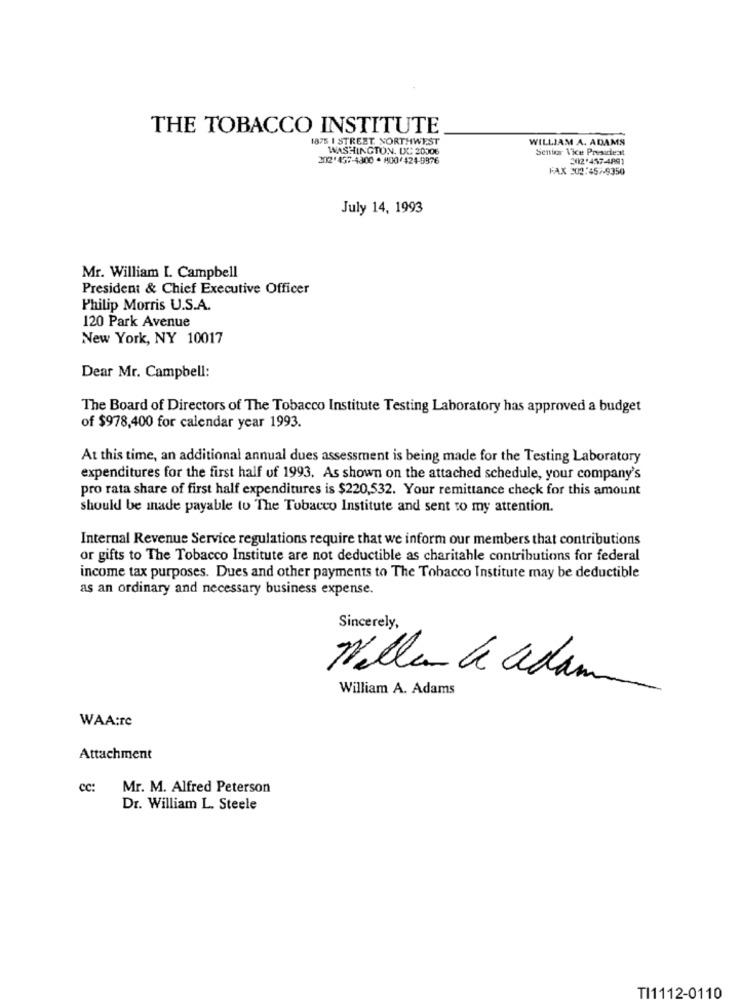
THE TOBACCO INSTITUTE
1875 I STREET NORTHWEST
WILLIAM A. ADAMS
WASHINGTON, DC: 20006
Senior Vice President
2012' 457-4300 * 800/424-9376
2012.457-4891
FAX 302:457-9350
July 14, 1993
Mr. William I. Campbell
President & Chief Executive Officer
Philip Morris U.S.A.
120 Park Avenue
New York, NY 10017
Dear Mr. Campbell:
The Board of Directors of The Tobacco Institute Testing Laboratory has approved a budget
of $978,400 for calendar year 1993.
At this time, an additional annual dues assessment is being made for the Testing Laboratory
expenditures for the first half of 1993. As shown on the attached schedule, your company's
pro rata share of first half expenditures is $220,532. Your remittance check for this amount
should be made payable to The Tobacco Institute and sent to my attention.
Internal Revenue Service regulations require that we inform our members that contributions
or gifts to The Tobacco Institute are not deductible as charitable contributions for federal
income tax purposes. Dues and other payments to The Tobacco Institute may be deductible
as an ordinary and necessary business expense.
Sincerely,
Willen le adam
William A. Adams
WAA:rc
Attachment
cc:
Mr. M. Alfred Peterson
Dr. William L. Steele
TI1112-0110